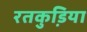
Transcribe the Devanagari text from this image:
रतकुडि़या